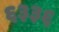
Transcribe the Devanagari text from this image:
६३३६